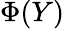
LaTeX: \Phi(Y)